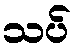
သပ်